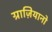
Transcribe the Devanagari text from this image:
ग्राज़ियानो